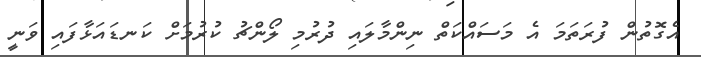
އެގޮތުން ފުރަތަމަ އެ މަސައްކަތް ނިންމާލައި ދުރުމި ލޯންޗު ކުރުމަށް ކަނޑައަޅާފައި ވަނީ